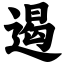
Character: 遏